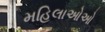
મહિલાઓઓ